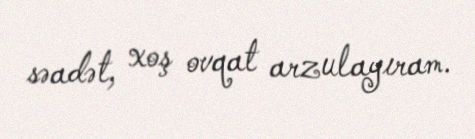
səadət, xoş ovqat arzulayıram.